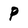
Character: P